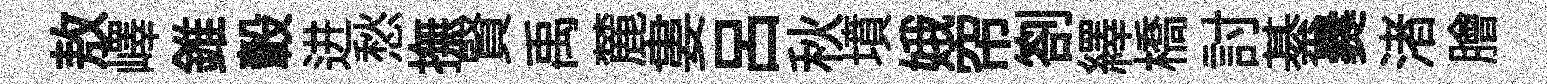
敖嶧錐轂进愁撫賢禹麓婁呂秋墳娥帘劄繹橋討綦爨渚膾